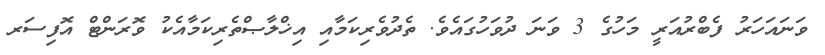
ވަނައަހަރު ފެބްރުއަރީ މަހުގެ 3 ވަނަ ދުވަހުގައެވެ. ތެދުވެރިކަމާއި އިޚްލާޞްތެރިކަމާއެކު ވޮރަންޓް އޮފިސަރ